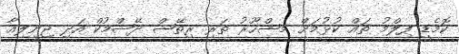
ކޮމެޑީ ފިލްމު ތައް ކުޅުމަށް މޝްހޫރު ތަރި ރިތޭޝް ދޭޝްމުކް އަދި ޖިނީލިއާ